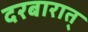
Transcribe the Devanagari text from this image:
दरबारात्